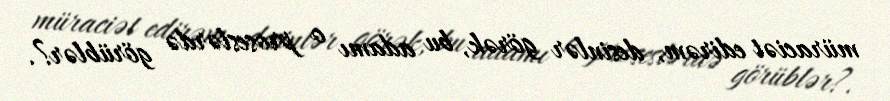
müraciət edirəm, desinlər görək, bu adamı o proseslərdə görüblər?.